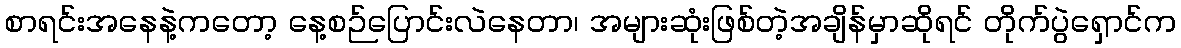
စာရင်းအနေနဲ့ကတော့ နေ့စဉ်ပြောင်းလဲနေတာ၊ အများဆုံးဖြစ်တဲ့အချိန်မှာဆိုရင် တိုက်ပွဲရှောင်က